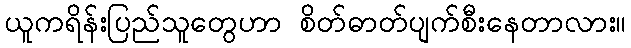
ယူကရိန်းပြည်သူတွေဟာ စိတ်ဓာတ်ပျက်စီးနေတာလား။